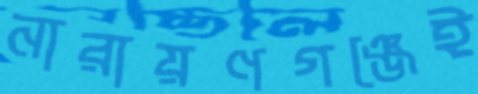
নারায়ণগঞ্জেই